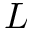
L